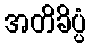
အတိခိပ္ပံ